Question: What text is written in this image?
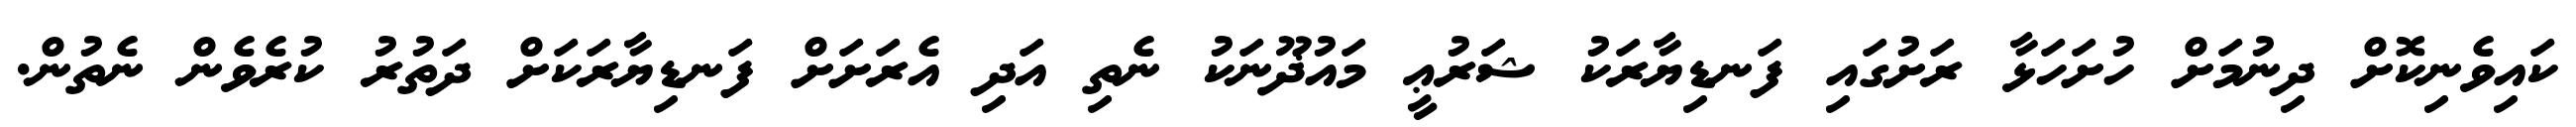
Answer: ކައިވެނިކޮށް ދިނުމަށް ހުށަހަޅާ ރަށުގައި ފަނޑިޔާރަކު ޝަރުޢީ މައުޛޫނަކު ނެތި އަދި އެރަށަށް ފަނޑިޔާރަކަށް ދަތުރު ކުރެވެން ނެތުން.